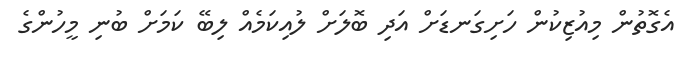
އެގޮތުން މިއުޒިކުން ހަށިގަނޑަށް އަދި ބޮލަށް ލުއިކަމެއް ލިބޭ ކަމަށް ބުނި މީހުންގެ